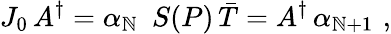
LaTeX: J_{0}\, A^{\dagger}=\alpha_{\mathbb{N}}\, \, \, S(P)\, \bar{{T}}=A^{\dagger}\, \alpha_{\mathbb{N}+1}\, \, ,